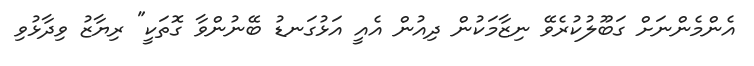
އެންމެންނަށް ގަބޫލުކުރެވޭ ނިޒާމަކުން ދިއުން އެއީ އަޅުގަނޑު ބޭނުންވާ ގޮތަކީ" ރިޔާޒު ވިދާޅުވި